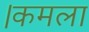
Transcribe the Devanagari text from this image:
।कमला